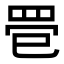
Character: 𦊳